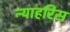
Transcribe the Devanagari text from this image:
न्याहरिस